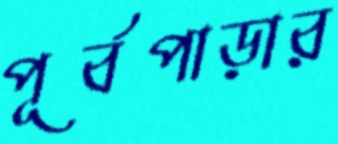
পূর্বপাড়ার